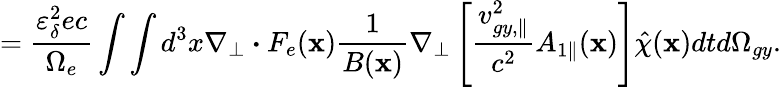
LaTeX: =\frac{\varepsilon_{\delta}^{2}ec}{\Omega_{e}}\int\int d^{3}x\nabla_{\perp}\boldsymbol{\cdot}F_{e}(\textbf{x})\frac{1}{B(\textbf{x})}\nabla_{\perp}\left[\frac{v_{gy,\parallel}^{2}}{c^{2}}{A}_{1\parallel}(\textbf{x})\right]\hat{\chi}(\textbf{x})dtd\Omega_{gy}.